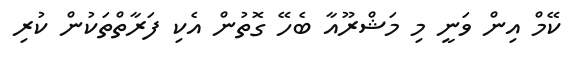
ކޭމް އިން ވަނީ މި މަޝްރޫއާ ބެހޭ ގޮތުން އެކި ފަރާތްތަކުން ކުރި